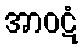
အာဝဋံ